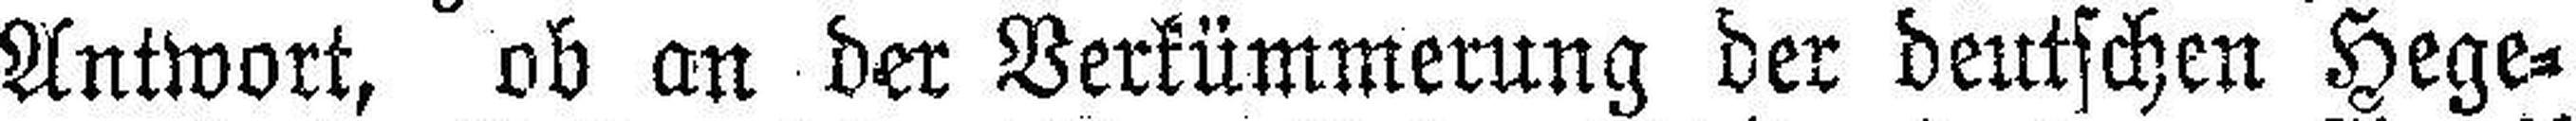
Antwort, ob an der Verkümmerung der deutschen Hege¬